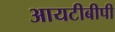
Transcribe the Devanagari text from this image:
आयटीबीपी